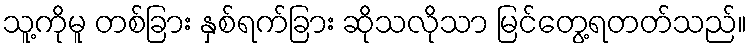
သူ့ကိုမူ တစ်ခြား နှစ်ရက်ခြား ဆိုသလိုသာ မြင်တွေ့ရတတ်သည်။